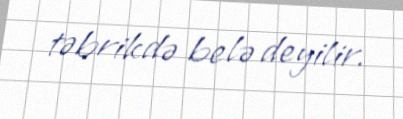
təbrikdə belə deyilir.